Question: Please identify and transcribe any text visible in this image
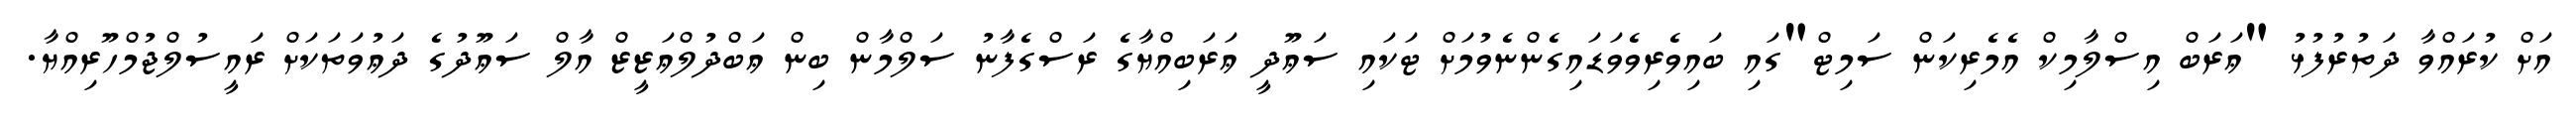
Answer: އަށް ކުރައްވާ ދަތުރުފުޅު "ޢަރަބް އިސްލާމިކް އެމެރިކަން ސަމިޓް"ގައި ބައިވެރިވެވަޑައިގެންނެވުމަށް ޓަކައި ސަޢޫދީ ޢަރަބިއްޔާގެ ރަސްގެފާނު ސަލްމާން ބިން ޢަބްދުލްޢަޒީޒް އާލް ސަޢޫދުގެ ދަޢުވަތަކަށް ރައީސުލްޖުމްހޫރިއްޔާ.